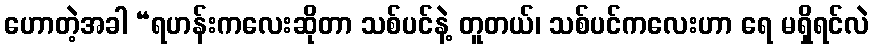
ဟောတဲ့အခါ “ရဟန်းကလေးဆိုတာ သစ်ပင်နဲ့ တူတယ်၊ သစ်ပင်ကလေးဟာ ရေ မရှိရင်လဲ